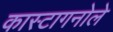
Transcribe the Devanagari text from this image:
कास्टागनोले